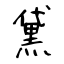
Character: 黛